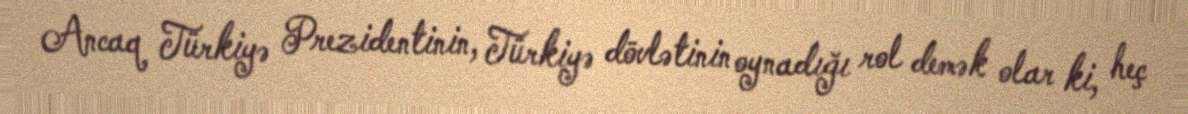
Ancaq Türkiyə Prezidentinin, Türkiyə dövlətinin oynadığı rol demək olar ki, heç